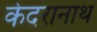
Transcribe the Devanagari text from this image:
केदरानाथ